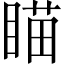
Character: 瞄